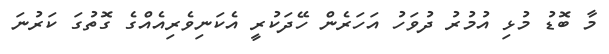
މާ ބޮޑު މުޅި އުމުރު ދުވަހު އަހަރެން ހޭދަކުރީ އެކަނިވެރިއެއްގެ ގޮތުގަ ކަރުނަ